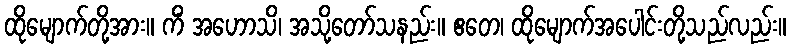
ထိုမျောက်တို့အား။ ကိံ အဟောသိ၊ အသို့တော်သနည်း။ ဧတေ၊ ထိုမျောက်အပေါင်းတို့သည်လည်း။